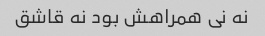
نه نی همراهش بود نه قاشق